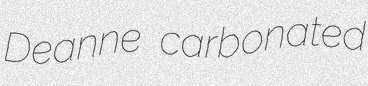
Deanne carbonated